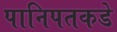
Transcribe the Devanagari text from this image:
पानिपतकडे